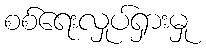
စစ်ရေးလှုပ်ရှားမှု